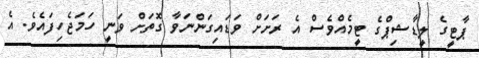
ޕާޓީގެ ލީޑާޝިޕްގެ ޓީމެއްވެސް އެ ރަށަށް ވަޑައިގަންނަވާ ގޮތަށް ވަނީ ހަމަޖެހިފައެވެ. އެ